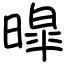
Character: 暭